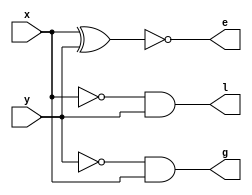
module onebitcomparator(g,e,l,x,y);

input x,y;
output g,e,l;

wire o1,o2,o3;

not g1(o1,y);
and g2(g,o1,x);
xor g3(o2,x,y);
not g4(e,o2);
not g5(o3,x);
and g6(l,o3,y);

endmodule

`timescale 1ns/1ps
module onebitcomparator_tb;
reg x,y;
wire g,e,l;
initial begin
	x=0;y=0;
	#10;
	x=0;y=1;
	#10;
	x=1;y=0;
	#10;
	x=1;y=1;
	#10;
end
onebitcomparator UUT(.g(g),.e(e),.l(l),.x(x),.y(y));
endmodule